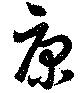
康